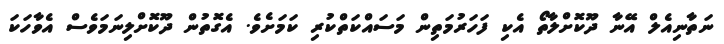
ނަތާނިއެލް އޭނާ ދޫކޮށްލާތޯ އެކި ފަހަރުމަތިން މަސައްކަތްކުރި ކަމަށެވެ. އެގޮތުން ދޫކޮށްލިނަމަވެސް އެވާހަކަ